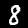
Digit: 8